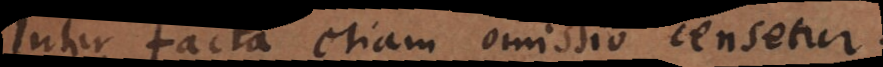
Inter facta etiam omissio censetur